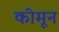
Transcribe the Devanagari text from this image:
कीमून